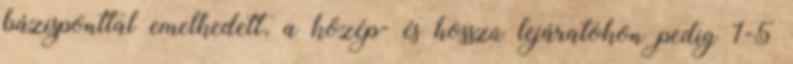
bázisponttal emelkedett, a közép- és hosszú lejáratokon pedig 1-5